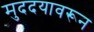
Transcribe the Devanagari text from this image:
मुददयावरून